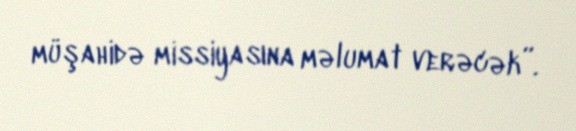
müşahidə missiyasına məlumat verəcək”.